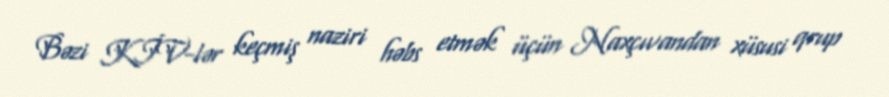
Bəzi KİV-lər keçmiş naziri həbs etmək üçün Naxçıvandan xüsusi qrup